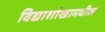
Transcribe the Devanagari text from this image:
विद्याशांखामधील